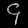
Digit: ၄